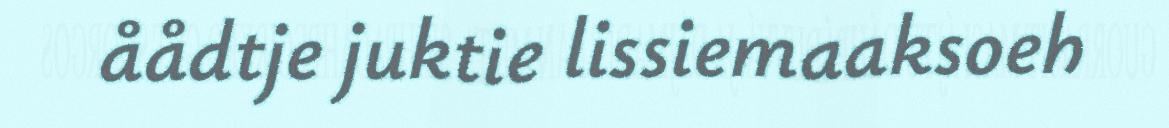
åådtje juktie lissiemaaksoeh